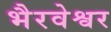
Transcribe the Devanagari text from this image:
भैरवेश्वर